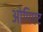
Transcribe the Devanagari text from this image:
ओपिएट